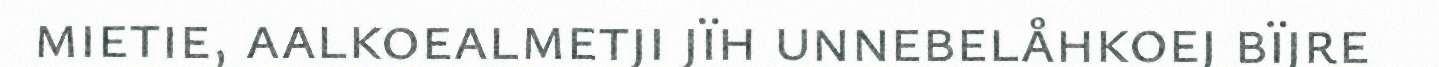
mietie, aalkoealmetji jïh unnebelåhkoej bïjre